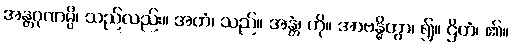
အန္တဂုဏမ္ပိ၊ သည်လည်း။ အဟံ၊ သည်။ အန္တံ၊ ကို။ အာဗန္ဓိတွာ၊ ၍။ ဌိတံ၊ ၏။